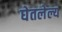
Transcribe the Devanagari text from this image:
घेतलेल्य